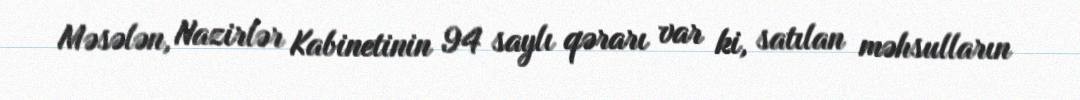
Məsələn, Nazirlər Kabinetinin 94 saylı qərarı var ki, satılan məhsulların